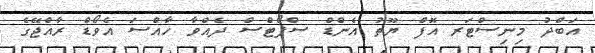
އަބްދު މިނިސްޓަރ އޮފް ޔޫތު އެންޑް ސްޕޯޓްސް ދެއްވާ ހާއްސަ އެވޯޑް ރާއްޖޭގެ